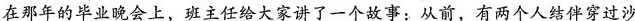
在那年的毕业晚会上，班主任给大家讲了一个故事：从前，有两个人结伴穿过沙